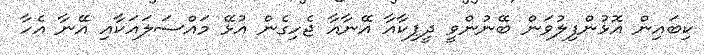
ކިބައިން އޮޅުންފިލުވަން ބޭނުންވީ ދީޕިކާއާ އޭނާއާ ޖެހިގެން އުޅޭ މައްސަލައަކާއި އޭނާ އެހާ